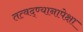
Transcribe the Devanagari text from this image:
तत्वद्ण्यानापेक्षा